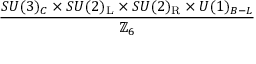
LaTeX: \frac { S U ( 3 ) _ { C } \times S U ( 2 ) _ { \mathrm { { L } } } \times S U ( 2 ) _ { \mathrm { { R } } } \times U ( 1 ) _ { B - L } } { \mathbb { Z } _ { 6 } }